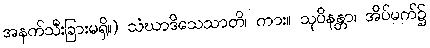
အနက်သီးခြားမရှိ။) သံဃာဒိသေသာတိ၊ ကား။ သုပိနန္တာ၊ အိပ်မက်၌